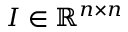
\b { I } \in \mathbb { R } ^ { n \times n }